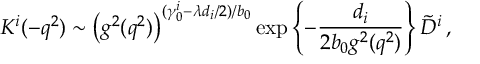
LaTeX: K ^ { i } ( - q ^ { 2 } ) \sim \left( g ^ { 2 } ( q ^ { 2 } ) \right) ^ { ( \gamma _ { 0 } ^ { i } - \lambda d _ { i } / 2 ) / b _ { 0 } } \exp \left\{ - { \frac { d _ { i } } { 2 b _ { 0 } g ^ { 2 } ( q ^ { 2 } ) } } \right\} \tilde { D } ^ { i } \, ,